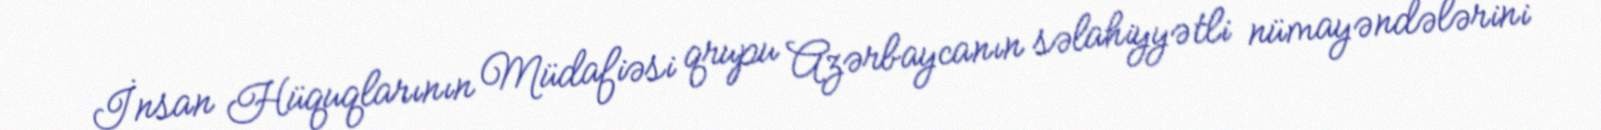
İnsan Hüquqlarının Müdafiəsi qrupu Azərbaycanın səlahiyyətli nümayəndələrini